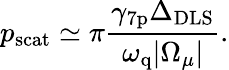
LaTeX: p_{\mathrm{scat}}\simeq\pi\frac{\gamma_{\mathrm{7p}}\Delta_{\mathrm{DLS}}}{\omega_{\mathrm{q}}|\Omega_{\mu}|}.